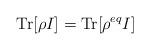
LaTeX: \begin{align*}\mathrm{Tr}[\rho I] = \mathrm{Tr}[\rho^{eq} I]\end{align*}